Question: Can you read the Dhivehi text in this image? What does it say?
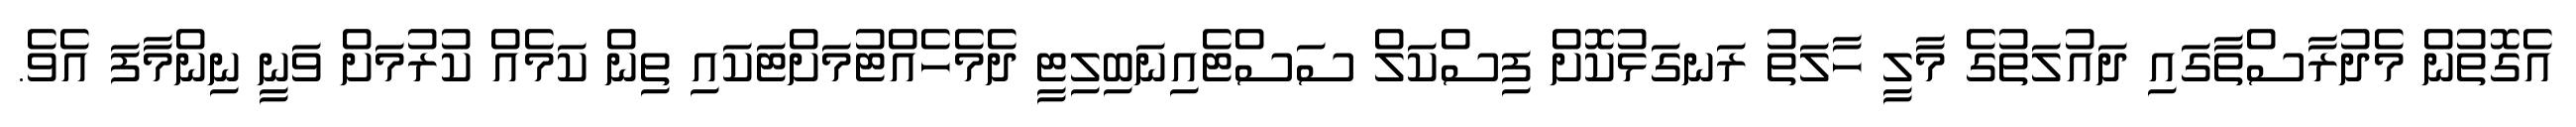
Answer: އެގޮތުން މެދުރާސްތާގައި ދައުލަތުގެ މާލީ ހާލަތު ރަނގަޅުކޮށް ފިސްކަލް ސަސްޓެއިނަބިލިޓީ ދެމެހެއްޓުމަށްޓަކައި ތިން ކަމެއް ކުރުމަށް ވަނީ ނިންމާފަ އެވެ.